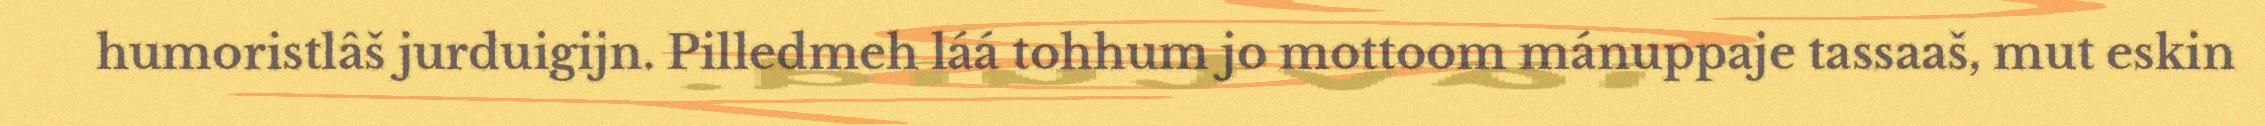
humoristlâš jurduigijn. Pilledmeh láá tohhum jo mottoom mánuppaje tassaaš, mut eskin